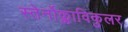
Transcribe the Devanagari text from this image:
स्तेर्नोक्लाविकुलर